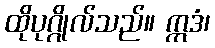
ထိုပုဂ္ဂိုလ်သည်။ ဣဒံ၊